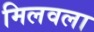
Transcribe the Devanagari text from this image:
मिलवला